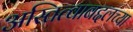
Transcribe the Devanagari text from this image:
अस्तित्वाबद्दलच्या